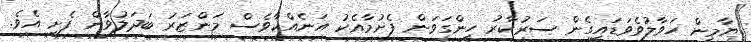
ޔާމީން ހަވާލުވެވަޑައިގެން ސަރުކާރު ހިންގަވަން ފެށުމާއެކު އަނެއްކާވެސް މަންޒަރު ބަދަލުވާން ފެށި އެވެ.